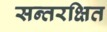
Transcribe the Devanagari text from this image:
सन्तरक्षित